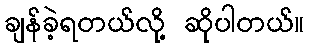
ချန်ခဲ့ရတယ်လို့ ဆိုပါတယ်။